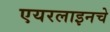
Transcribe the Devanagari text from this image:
एयरलाइनचे